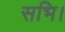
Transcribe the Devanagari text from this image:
सभि।